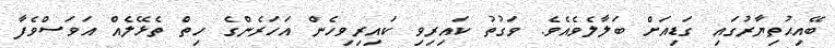
ބޭއިޙުތިޔާރުގައި ގަޑިއަށް ބަލާލެވެއެވެ. ވަގުތު ކައިރިވި ކައިރިވިހެން އަހަރެންގެ ހިތް ތެޅޭލެއް އަވަސްވެފާ